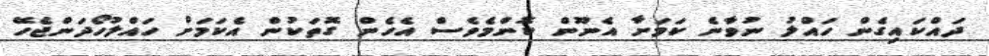
ދައްކައިގެން ހައްލު ނުވާނެ ކަމަށާ އެނޫން ކޮންމެވެސް އެހެން ގޮތަކުން އެކަމަށް ހައްލުހޯދަންޖެހޭ